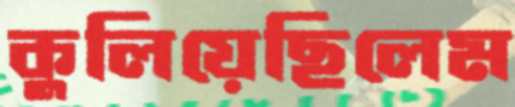
কুলিয়েছিলেম